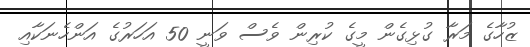
ޒުހާގެ މަރާ ގުޅިގެން މީގެ ކުރިން ވެސް ވަނީ 50 އަހަރުގެ އަންހެނަކާއި